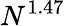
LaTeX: N^{1.47}